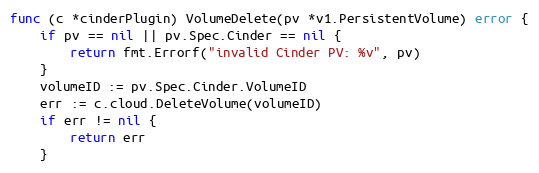
Language: Go
func (c *cinderPlugin) VolumeDelete(pv *v1.PersistentVolume) error {
	if pv == nil || pv.Spec.Cinder == nil {
		return fmt.Errorf("invalid Cinder PV: %v", pv)
	}
	volumeID := pv.Spec.Cinder.VolumeID
	err := c.cloud.DeleteVolume(volumeID)
	if err != nil {
		return err
	}